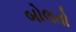
બોલતો